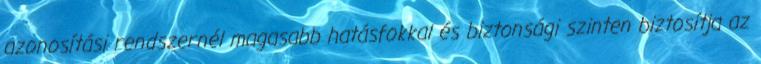
azonosítási rendszernél magasabb hatásfokkal és biztonsági szinten biztosítja az